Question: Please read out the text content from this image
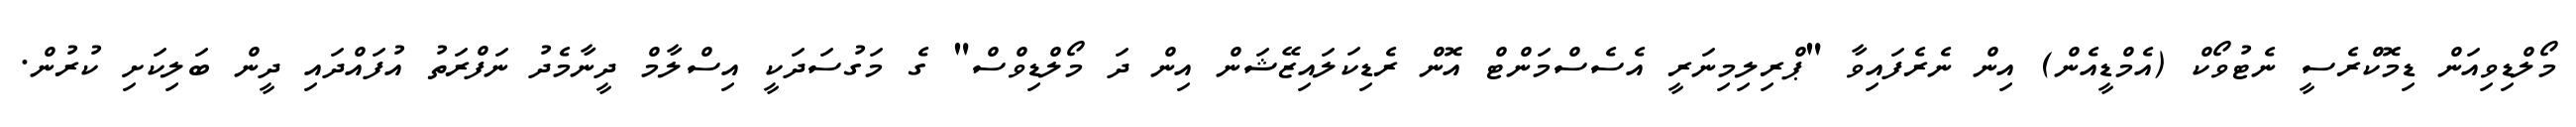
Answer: މޯލްޑިވިއަން ޑިމޮކްރެސީ ނެޓުވޯކް (އެމްޑީއެން) އިން ނެރެފައިވާ "ޕްރިލިމިނަރީ އެސެސްމަންޓް އޮން ރެޑިކަލައިޒޭޝަން އިން ދަ މޯލްޑިވްސް" ގެ މަގުސަދަކީ އިސްލާމް ދީނާމެދު ނަފްރަތު އުފައްދައި ދީން ބަލިކަށި ކުރުން.